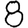
Digit: 8